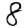
Digit: 8